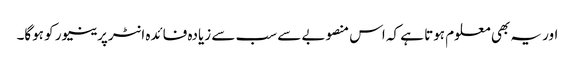
اور یہ بھی معلوم ہوتا ہے کہ اس منصوبے سے سب سے زیادہ فائدہ انٹرپرینیور کو ہوگا۔